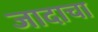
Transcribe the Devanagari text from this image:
जादाचा